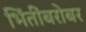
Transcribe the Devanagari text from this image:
भिंतींबरोबर